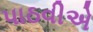
પાઠવીએ